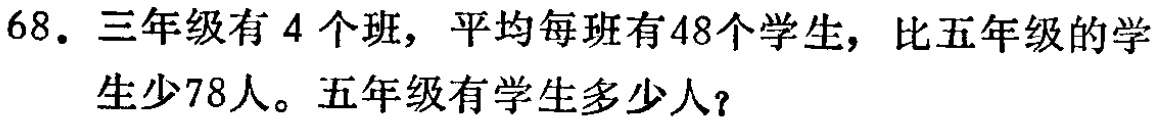
68. 三年级有 4 个班，平均每班有48个学生，比五年级的学生少78人。五年级有学生多少人？